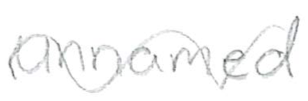
Text: unnamed
Cross-out: mix
Writing tool: pencil